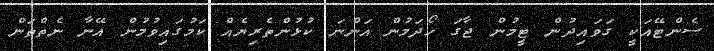
ސެންޓޭއަކީ ގަވައިދުން ޓީމުން ޖާގަ ހޯދަމުން އަންނަ ކުޅުންތެރިޔެއް ކަމުގައިވުމުން އޭނާ ނެތްތަން